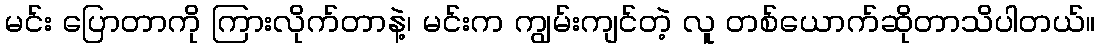
မင်း ပြောတာကို ကြားလိုက်တာနဲ့၊ မင်းက ကျွမ်းကျင်တဲ့ လူ တစ်ယောက်ဆိုတာသိပါတယ်။